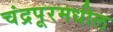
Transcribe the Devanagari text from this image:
चंद्रपूरमधील